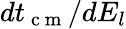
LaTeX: dt_{\mathrm{~c~m~}}/dE_{l}